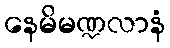
နေမိမဏ္ဍလာနံ